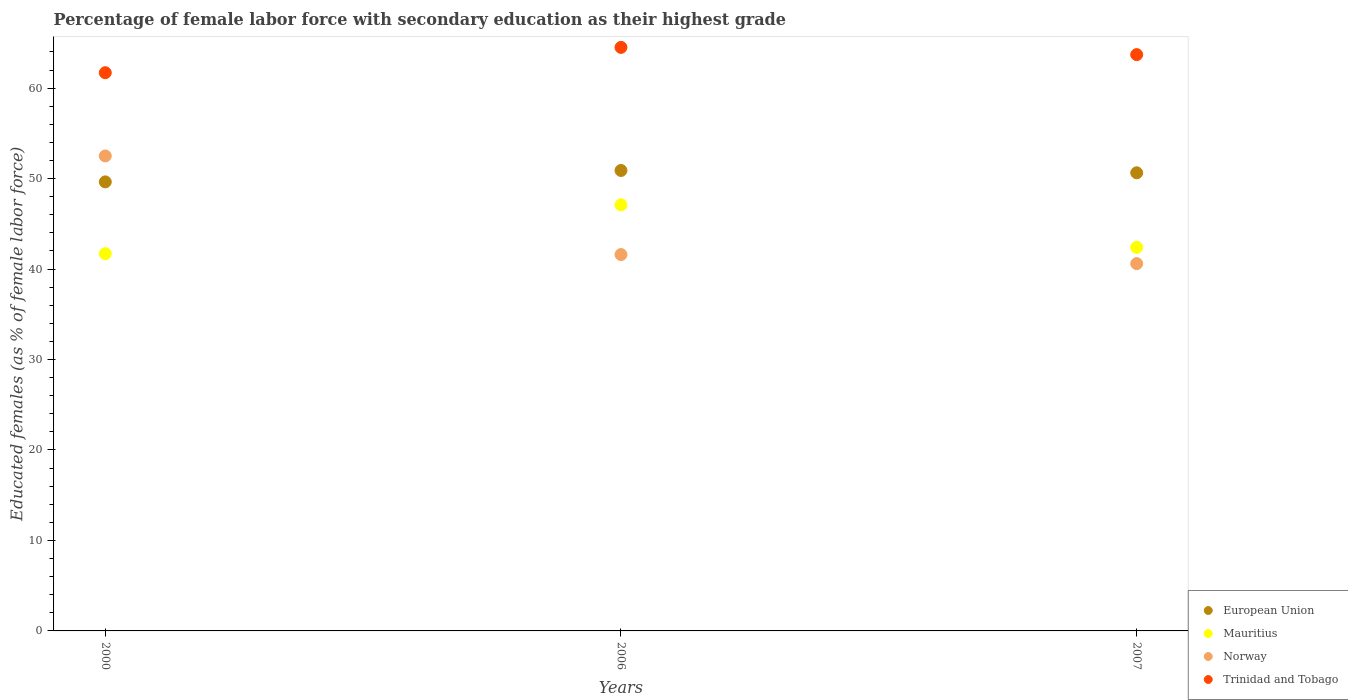
| Years | European Union | Mauritius | Norway | Trinidad and Tobago |
 | --- | --- | --- | --- | --- |
 | 2000 | 49.6 | 41.7 | 52.5 | 61.7 |
 | 2006 | 50.9 | 47.1 | 41.6 | 64.5 |
 | 2007 | 50.6 | 42.4 | 40.6 | 63.7 |